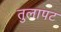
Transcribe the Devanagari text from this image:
तुलापट